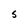
Character: 5